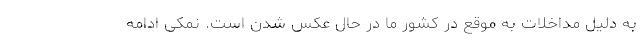
به دلیل مداخلات به موقع در کشور ما در حال عکس شدن است. نمکی ادامه